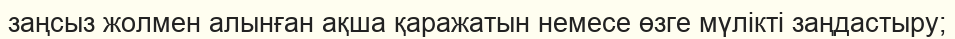
заңсыз жолмен алынған ақша қаражатын немесе өзге мүлікті заңдастыру;